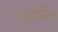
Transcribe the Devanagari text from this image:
न्यूमॉनिक